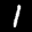
Label: 1